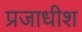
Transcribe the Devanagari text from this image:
प्रजाधीश